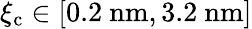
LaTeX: {\xi_{\mathrm{c}}\in[0.2\ \mathrm{nm},3.2\ \mathrm{nm}]}